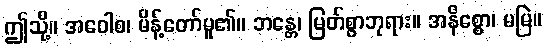
ဤသို့။ အဝေါစ၊ မိန့်တော်မူ၏။ ဘန္တေ၊ မြတ်စွာဘုရား။ အနိစ္စော၊ မမြဲ။